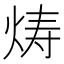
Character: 𬊍